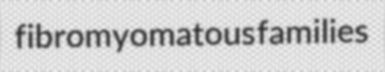
fibromyomatous families